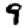
Digit: 9